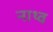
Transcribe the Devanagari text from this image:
नाथ्व